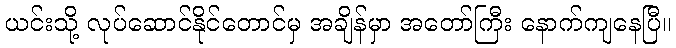
ယင်းသို့ လုပ်ဆောင်နိုင်တောင်မှ အချိန်မှာ အတော်ကြီး နောက်ကျနေပြီ။